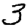
Digit: 3